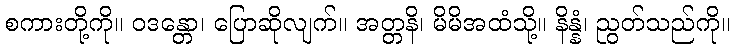
စကားတို့ကို။ ဝဒန္တော၊ ပြောဆိုလျက်။ အတ္တနိ၊ မိမိအထံသို့။ နိန္နံ၊ ညွတ်သည်ကို။